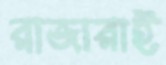
রাজারাই